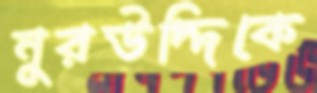
নুরউদ্দিকে